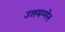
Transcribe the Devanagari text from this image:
उत्तमग्गेन